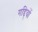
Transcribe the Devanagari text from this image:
गद्दि्यों